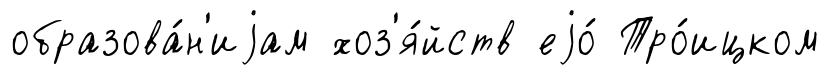
образова́н'иjам хоз'я́йств еjо́ Тро́ицком